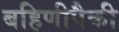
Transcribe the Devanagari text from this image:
बहिणीपैकी